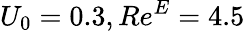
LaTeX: U_{0}=0.3,Re^{E}=4.5